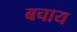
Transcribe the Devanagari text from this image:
बचाय